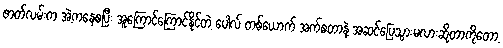
ဇာတ်လမ်းက အဲ့ကနေစပြီး အူကြောင်ကြောင်နိုင်တဲ့ ပေါလ် တစ်ယောက် အက်စတာနဲ့ အဆင်ပြေသွားမလားဆိုတာကိုတော့